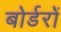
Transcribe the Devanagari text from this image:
बोर्डरों